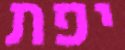
יפת